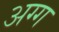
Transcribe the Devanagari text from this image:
अग्ग